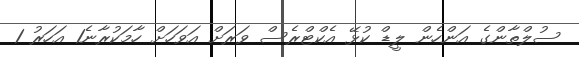
ސުލްތާންގެ އަންހެން ލީޑް ކުޅޭ އެކްޓްރެސް ވަރަށް އަވަހަށް ހާމަކުރާނެ1 އަހަރު 1